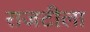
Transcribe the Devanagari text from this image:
राजटीला